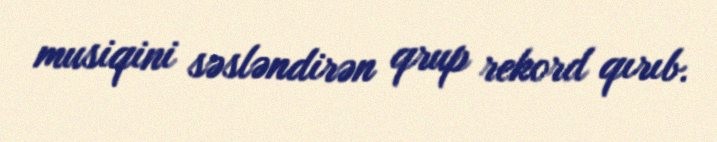
musiqini səsləndirən qrup rekord qırıb.